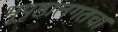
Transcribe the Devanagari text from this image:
भूपृष्ठालगतचा